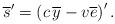
LaTeX: \begin{align*} \overline{s}'=\left(c \, \overline{y}-v\overline{e} \right)'. \end{align*}